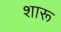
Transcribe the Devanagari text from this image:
शारू